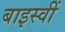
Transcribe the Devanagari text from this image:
बाइस्वीं